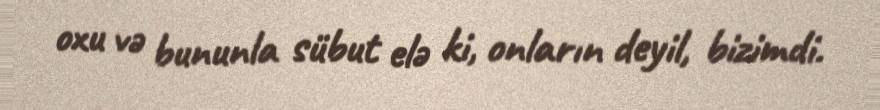
oxu və bununla sübut elə ki, onların deyil, bizimdi.